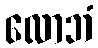
လောဘံ